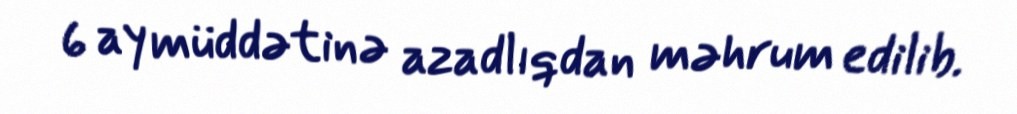
6 ay müddətinə azadlıqdan məhrum edilib.